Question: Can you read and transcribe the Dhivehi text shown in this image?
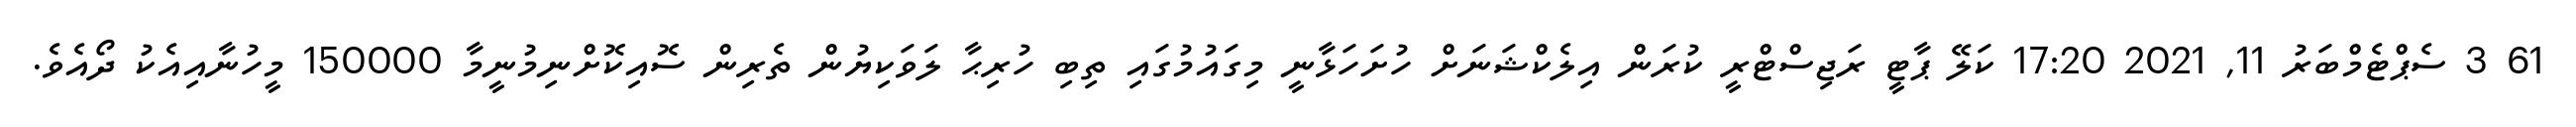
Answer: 61 3 ސެޕްޓެމްބަރު 11, 2021 17:20 ކަލޭ ޕާޓީ ރަޖިސްޓްރީ ކުރަން އިލެކްޝަނަށް ހުށަހަޅާނީ މިގައުމުގައި ތިބި ހުރިޙާ ލަވަކިޔުން ތެރިން ސޮއިކޮށްނިމުނީމާ 150000 މީހުނާއިއެކު ދޯއެވެ.